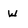
Character: w